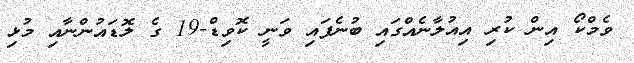
ވެމްކޯ އިން ކުރި އިއުލާނެއްގައި ބުނެފައި ވަނީ ކޮވިޑް-19 ގެ ލޮޑައުންނާއި މުޅި